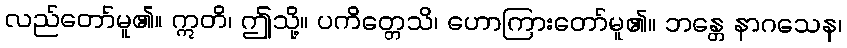
လည်တော်မူ၏။ ဣတိ၊ ဤသို့။ ပကိတ္တေသိ၊ ဟောကြားတော်မူ၏။ ဘန္တေ နာဂသေန၊